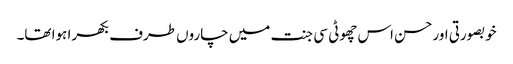
خوبصورتی اورحسن اس چھوٹی سی جنت میں چاروں طرف بکھرا ہوا تھا۔